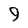
Character: 9